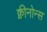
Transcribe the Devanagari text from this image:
क्वीनोन्स